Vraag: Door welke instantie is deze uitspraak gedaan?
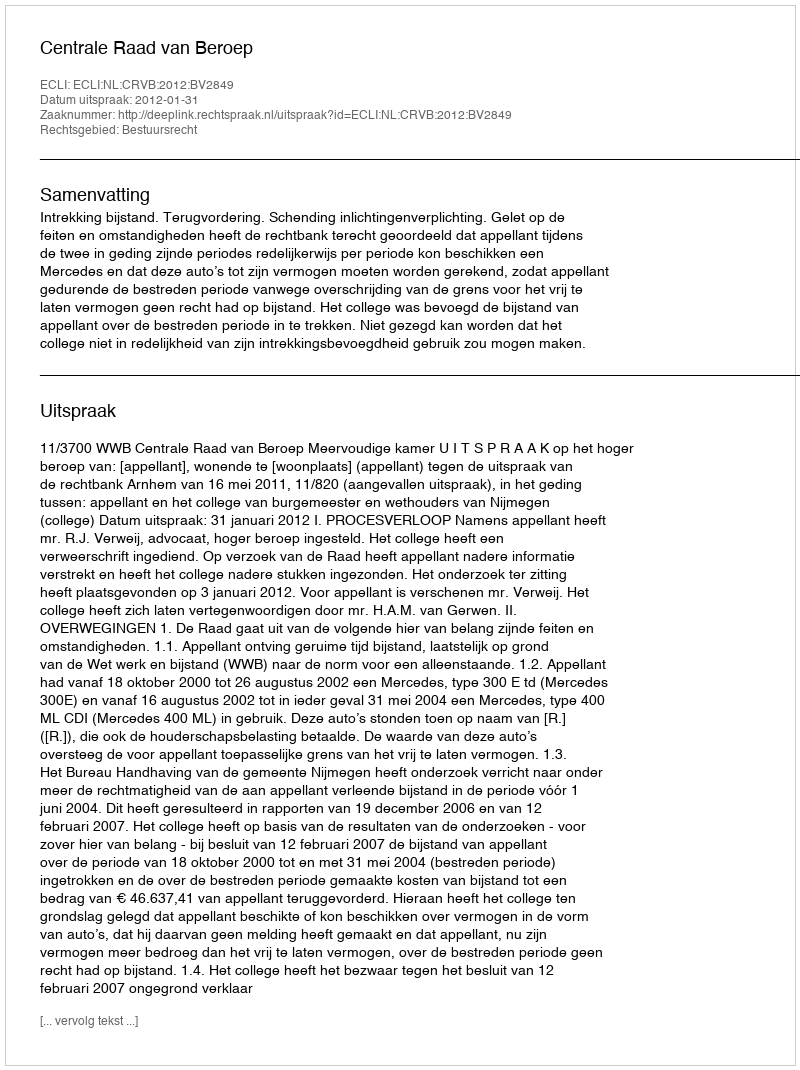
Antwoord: Centrale Raad van Beroep